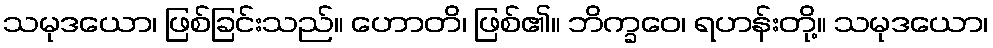
သမုဒယော၊ ဖြစ်ခြင်းသည်။ ဟောတိ၊ ဖြစ်၏။ ဘိက္ခဝေ၊ ရဟန်းတို့။ သမုဒယော၊